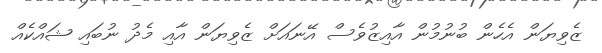
ޒެވިޔަން އެހެން ބުނުމުން އާއިޒުވެސް އޭނައަށް ޒެވިޔަން އާއި މެދު ނުބައި ޝައްކެއް